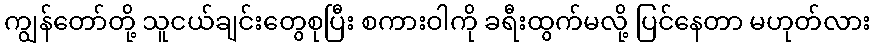
ကျွန်တော်တို့ သူငယ်ချင်းတွေစုပြီး စကားဝါကို ခရီးထွက်မလို့ ပြင်နေတာ မဟုတ်လား